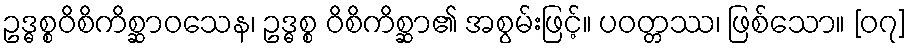
ဥဒ္ဓစ္စဝိစိကိစ္ဆာဝသေန၊ ဥဒ္ဓစ္စ ဝိစိကိစ္ဆာ၏ အစွမ်းဖြင့်။ ပဝတ္တဿ၊ ဖြစ်သော။ [၀၇]